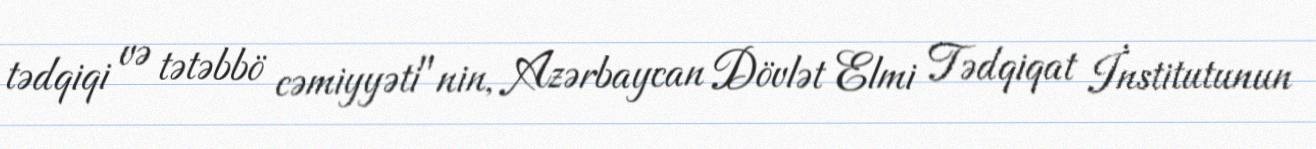
tədqiqi və tətəbbö cəmiyyəti"nin, Azərbaycan Dövlət Elmi Tədqiqat İnstitutunun